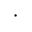
\cdot